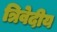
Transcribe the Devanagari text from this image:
त्रिवेदीय